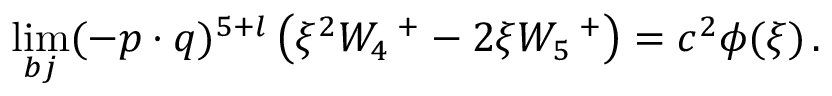
\operatorname * { l i m } _ { b j } ( - p \cdot q ) ^ { 5 + l } \left( \xi ^ { 2 } W _ { 4 } \, ^ { + } - 2 \xi W _ { 5 } \, ^ { + } \right) = c ^ { 2 } \phi ( \xi ) \, .